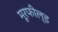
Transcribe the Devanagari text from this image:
मूरफील्ड